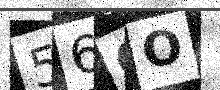
Text: 56OO